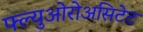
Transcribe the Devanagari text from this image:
फ्ल्युओरोअसिटेट